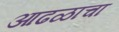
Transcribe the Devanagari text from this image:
आढळाचा